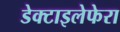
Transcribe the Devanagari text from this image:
डेक्टाइलेफेरा